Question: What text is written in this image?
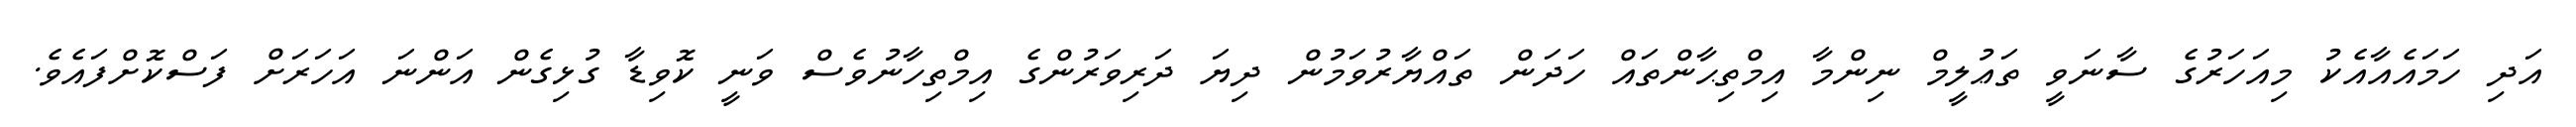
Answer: އަދި ހަމައެއާއެކު މިއަހަރުގެ ސާނަވީ ތަޢުލީމް ނިންމާ އިމްތިޙާންތައް ހަދަން ތައްޔާރުވަމުން ދިޔަ ދަރިވަރުންގެ އިމްތިހާނުވެސް ވަނީ ކޮވިޑާ ގުޅިގެން އަންނަ އަހަރަށް ފަސްކޮށްފައެވެ.